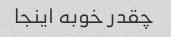
چقدر خوبه اینجا